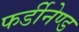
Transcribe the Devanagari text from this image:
फर्डीनेण्ड